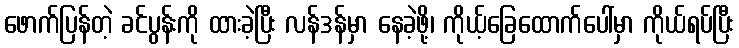
ဖောက်ပြန်တဲ့ ခင်ပွန်းကို ထားခဲ့ပြီး လန်ဒန်မှာ နေခဲ့ဖို့၊ ကိုယ့်ခြေထောက်ပေါ်မှာ ကိုယ်ရပ်ပြီး